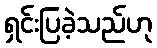
ရှင်းပြခဲ့သည်ဟု